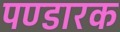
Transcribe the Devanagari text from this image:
पण्डारक